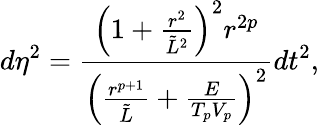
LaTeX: d\eta^{2}={\frac{\left(1+{\frac{r^{2}}{\tilde{L}^{2}}}\right)^{2}r^{2p}}{\left({\frac{r^{p+1}}{\tilde{L}}}+{\frac{E}{T_{p}V_{p}}}\right)^{2}}}dt^{2},